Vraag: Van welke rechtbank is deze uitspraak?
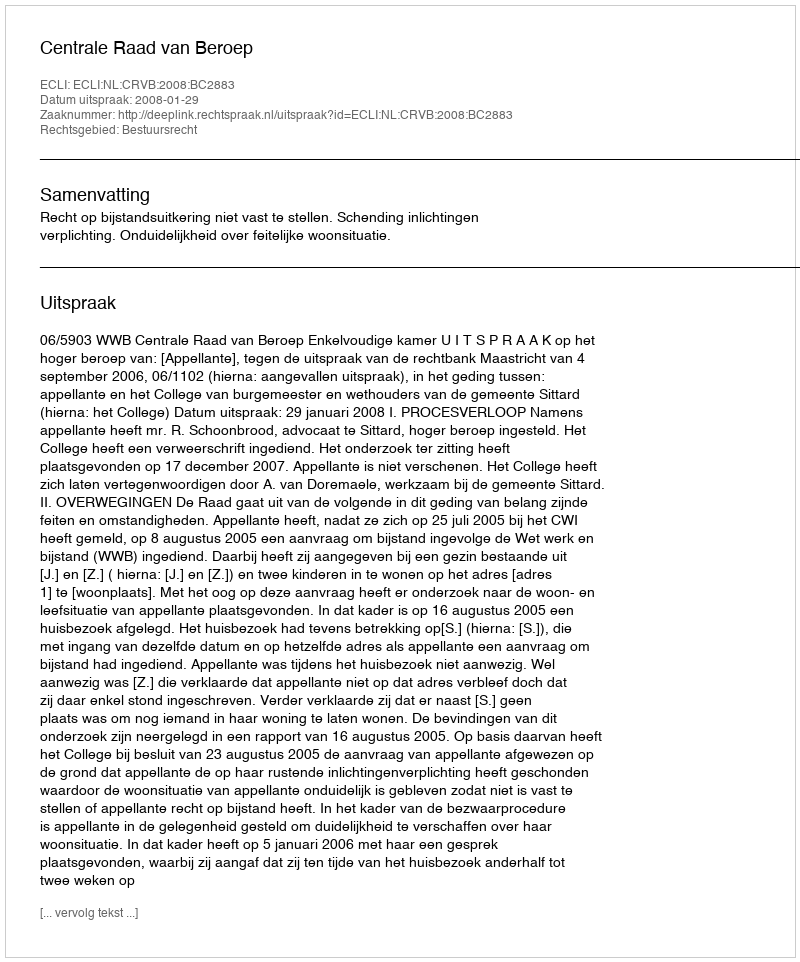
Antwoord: Centrale Raad van Beroep